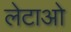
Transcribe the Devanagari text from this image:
लेटाओ